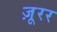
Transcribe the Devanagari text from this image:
ज़ूरर